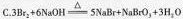
C.$$3Br_{2}+6NaOH\xlongequal[]{\triangle }5NaBr+NaBrO_{3}+3H_{2}O$$